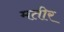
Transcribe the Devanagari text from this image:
मतीर